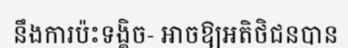
នឹងការប៉ះទង្គិច- អាចឱ្យអតិថិជនបាន